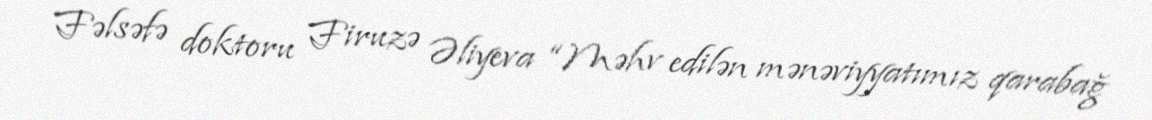
Fəlsəfə doktoru Firuzə Əliyeva “Məhv edilən mənəviyyatımız qarabağ